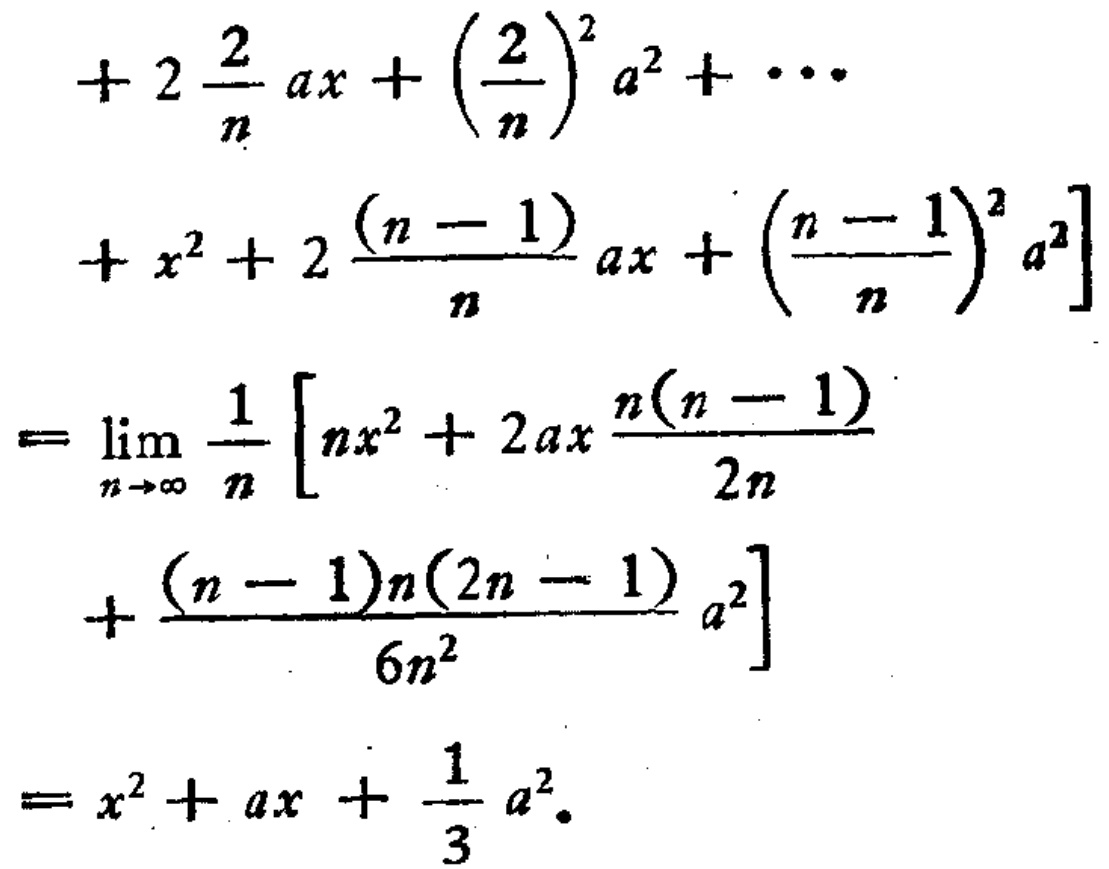
\[
\begin{align*}
&+ 2\frac{2}{n}ax+\left(\frac{2}{n}\right)^2a^2+\cdots\\
&+x^2 + 2\frac{(n - 1)}{n}ax+\left(\frac{n - 1}{n}\right)^2a^2]\\
=&\lim_{n\rightarrow\infty}\frac{1}{n}\left[nx^2+2ax\frac{n(n - 1)}{2n}\\+\frac{(n - 1)n(2n - 1)}{6n^2}a^2\right]\\
=&x^2+ax+\frac{1}{3}a^2.
\end{align*}
\]